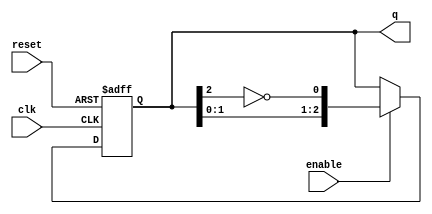
module ring_johnson_counter #(
    parameter N = 3 // Number of flip-flops
)(
    input wire clk,         // Clock input
    input wire reset,       // Asynchronous reset
    input wire enable,      // Enable signal
    output reg [N-1:0] q    // Counter output
);

// Internal signal for feedback
wire feedback;

// Invert the output of the last flip-flop for feedback
assign feedback = ~q[N-1];

// Sequential logic for the Johnson counter
always @(posedge clk or posedge reset) begin
    if (reset) begin
        q <= 0; // Reset the counter to 0
    end else if (enable) begin
        // Shift the states and apply feedback
        q <= {q[N-2:0], feedback};
    end
end

endmodule